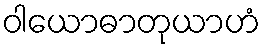
ဝါယောဓာတုယာဟံ